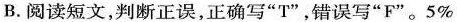
B.阅读短文，判断正误，正确写"T"，错误写"F"。5%